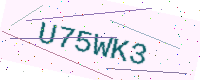
Text: U75WK3